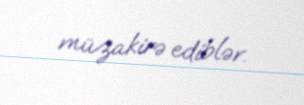
müzakirə ediblər.